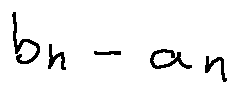
b _ { n } - a _ { n }